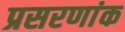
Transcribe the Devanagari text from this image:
प्रसरणांक